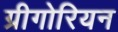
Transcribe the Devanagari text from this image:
ग्रीगोरियन